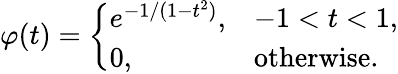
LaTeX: \varphi(t)={\left\{ \begin{array}{ll}{e^{-1/(1-t^{2})},}&{-1<t<1,}\\ {0,}&{{\mathrm{otherwise}}.}\end{array}\right.}